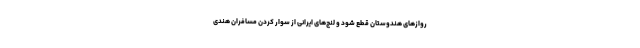
رواز‌های هندوستان قطع شود و لنج‌های ایرانی از سوار کردن مسافران هندی